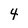
Character: 4